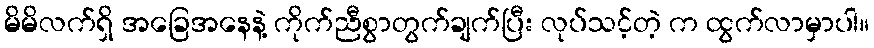
မိမိလက်ရှိ အခြေအနေနဲ့ ကိုက်ညီစွာတွက်ချက်ပြီး လုပ်သင့်တဲ့ က ထွက်လာမှာပါ။